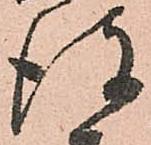
彼